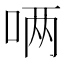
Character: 唡